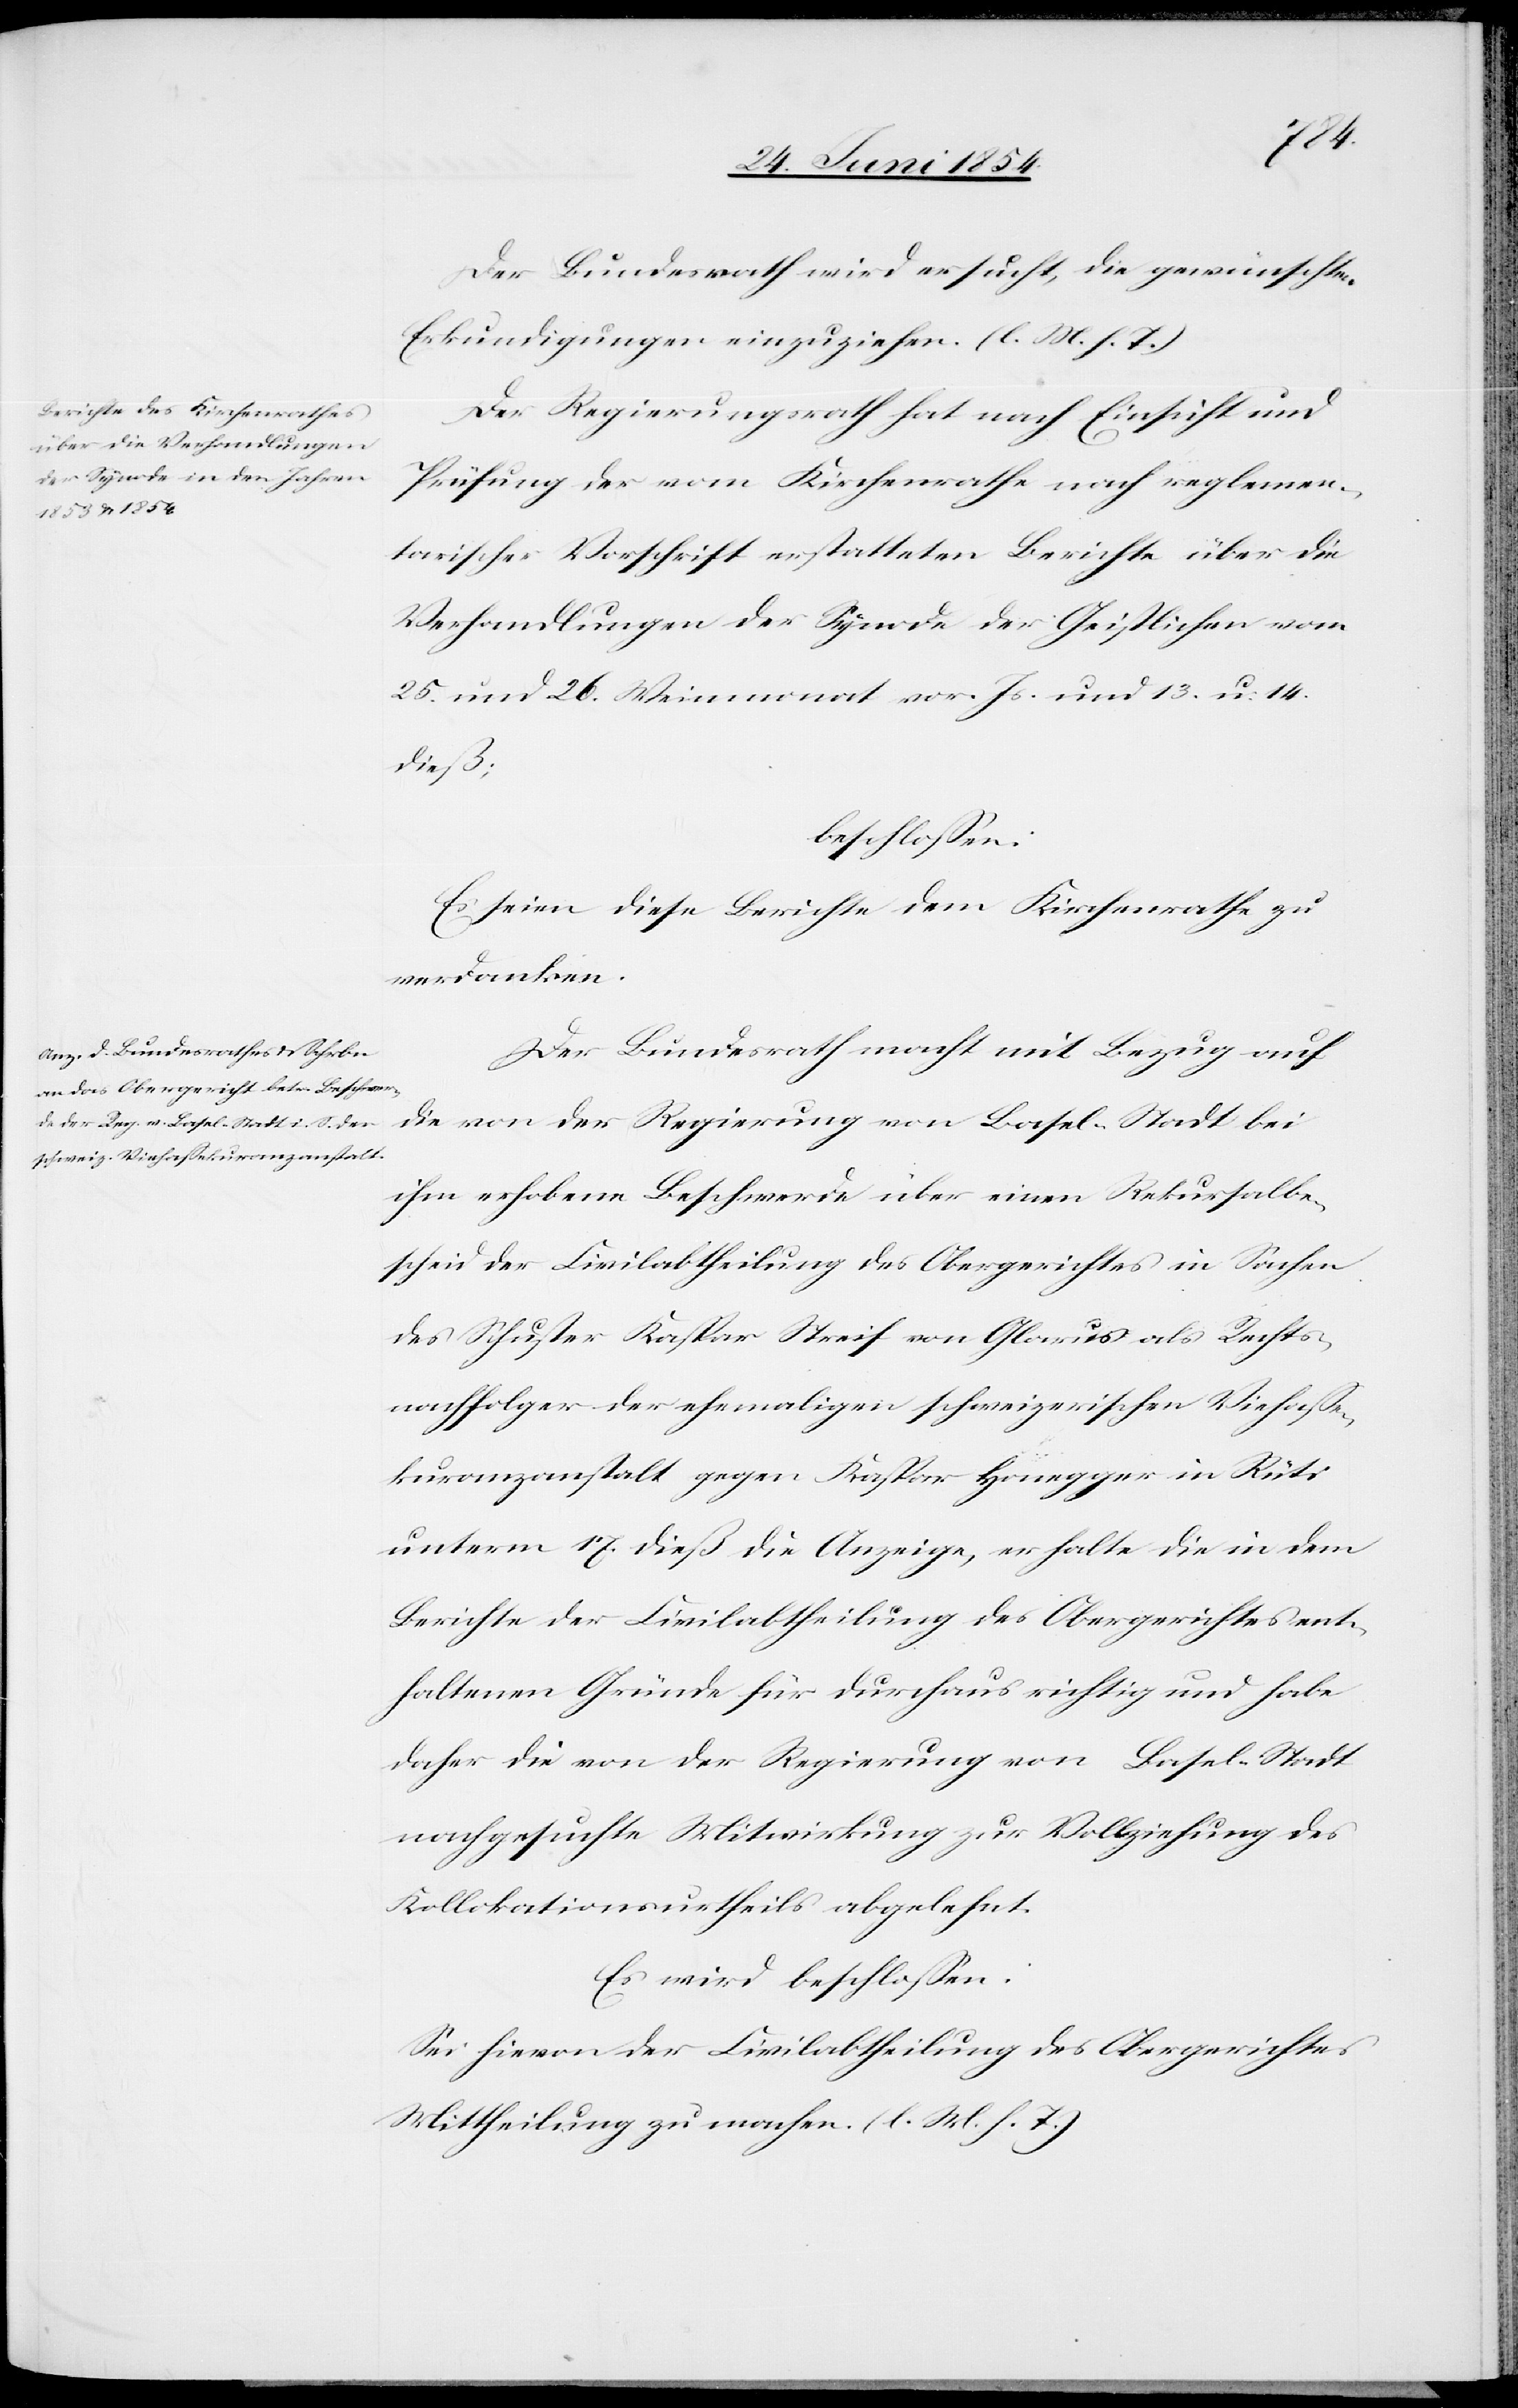
Der Bundesrath wird ersucht, die gewünschten
Erkundigungen einzuziehen. (l. M. h. T.)
Der Regierungsrath hat nach Einsicht und
Prüfung der vom Kirchenrathe nach reglemen¬
tarischer Vorschrift erstatteten Berichte über die
Verhandlungen der Synode der Geistlichen vom
25. und 26. Weinmonat vor. Js. und 13. u. 14.
dieß;
beschloßen:
Es seien diese Berichte dem Kirchenrathe zu
verdanken.
Der Bundesrath macht mit Bezug auf
die von der Regierung von Basel-Stadt bei
ihm erhobene Beschwerde über einen Rekursalbe¬
scheid der Civilabtheilung des Obergerichtes in Sachen
des Schuster Kaspar Streif von Glarus als Rechts¬
nachfolger der ehemaligen schweizerischen Viehaße¬
kuranzanstalt gegen Kaspar Honegger in Rüti
unterm 17. dieß die Anzeige, er halte die in dem
Berichte der Civilabtheilung des Obergerichtes ent¬
haltenen Gründe für durchaus richtig und habe
daher die von der Regierung von Basel-Stadt
nachgesuchte Mitwirkung zur Vollziehung des
Kollaktionsurtheils abgelehnt.
Es wird beschloßen:
Sei hievon der Civilabtheilung des Obergerichtes
Mittheilung zu machen. (l. M. h. T.)